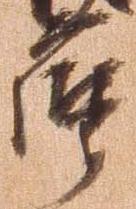
摩